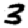
Digit: 3